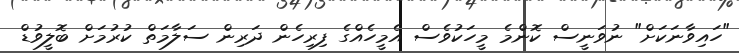
"ހައިވާނަކަށް" ނުވަނީސް ކޮންމެ މީހަކުވެސް އެމީހެއްގެ ފިރިހެން ދަރިން ސަލާމަތް ކުރުމަށް ބޮލީވުޑް